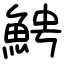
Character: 𩶍